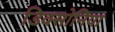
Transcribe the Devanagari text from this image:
डिक्सोनिया